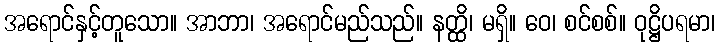
အရောင်နှင့်တူသော။ အာဘာ၊ အရောင်မည်သည်။ နတ္ထိ၊ မရှိ။ ဝေ၊ စင်စစ်။ ဝုဋ္ဌိပရမာ၊